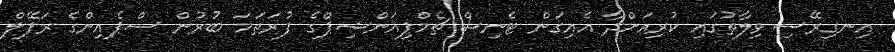
އިނގިރޭސި ވިލާތުގައި ކުރިއަށްދާ އެއިގަން ޓެނިސް ޗެމްޕިއަންޝިޕްގެ ފުރަތަމަ ބުރުން ސްޕެއިންގެ ރަފޭލް